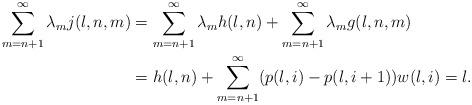
LaTeX: \begin{align*}\sum_{m=n+1}^{\infty} \lambda_m j(l,n,m) & = \sum_{m=n+1}^{\infty} \lambda_m h(l,n) + \sum_{m=n+1}^{\infty} \lambda_m g(l,n,m) \\& = h(l,n) + \sum_{m=n+1}^{\infty} (p(l,i) - p(l, i+1))w(l,i) = l .\end{align*}